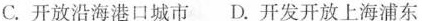
C.开放沿海港口城市D.开发开放上海浦东